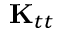
\mathbf { K } _ { t t }